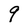
Character: q